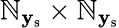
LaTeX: \mathbb{N}_{\mathbf{{y}}_{\mathrm{{s}}}}\times\mathbb{N}_{\mathbf{{y}}_{\mathrm{{s}}}}